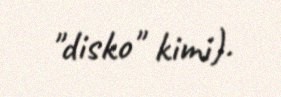
"disko" kimi).